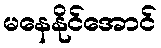
မနေနိုင်အောင်